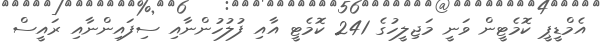
އެމްޑީޕީ ކޮމެޓީން ވަނީ މަޖިލީހުގެ 241 ކޮމެޓީ އާއި ފުލުހުންނާއި ސިފައިންނާއި ރައީސް